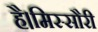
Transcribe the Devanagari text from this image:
है।मिस्सौरी